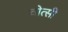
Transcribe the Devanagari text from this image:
वोत्सी